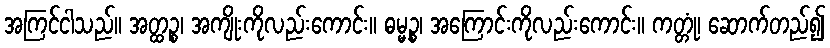
အကြင်ငါသည်။ အတ္ထဉ္စ၊ အကျိုးကိုလည်းကောင်း။ ဓမ္မဉ္စ၊ အကြောင်းကိုလည်းကောင်း။ ကတ္တုံ၊ ဆောက်တည်၍